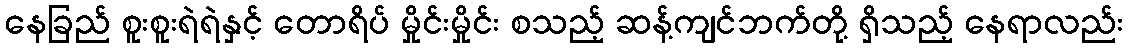
နေခြည် စူးစူးရဲရဲနှင့် တောရိပ် မှိုင်းမှိုင်း စသည့် ဆန့်ကျင်ဘက်တို့ ရှိသည့် နေရာလည်း